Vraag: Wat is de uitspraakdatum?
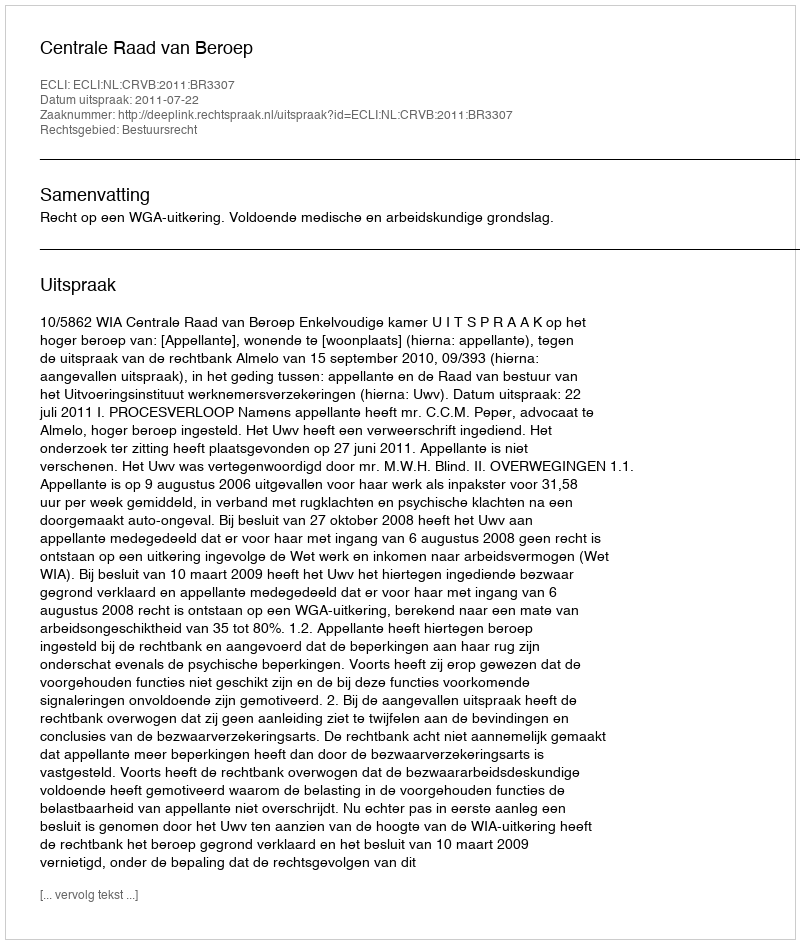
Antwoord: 2011-07-22